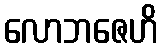
လောဘဇေဟိ